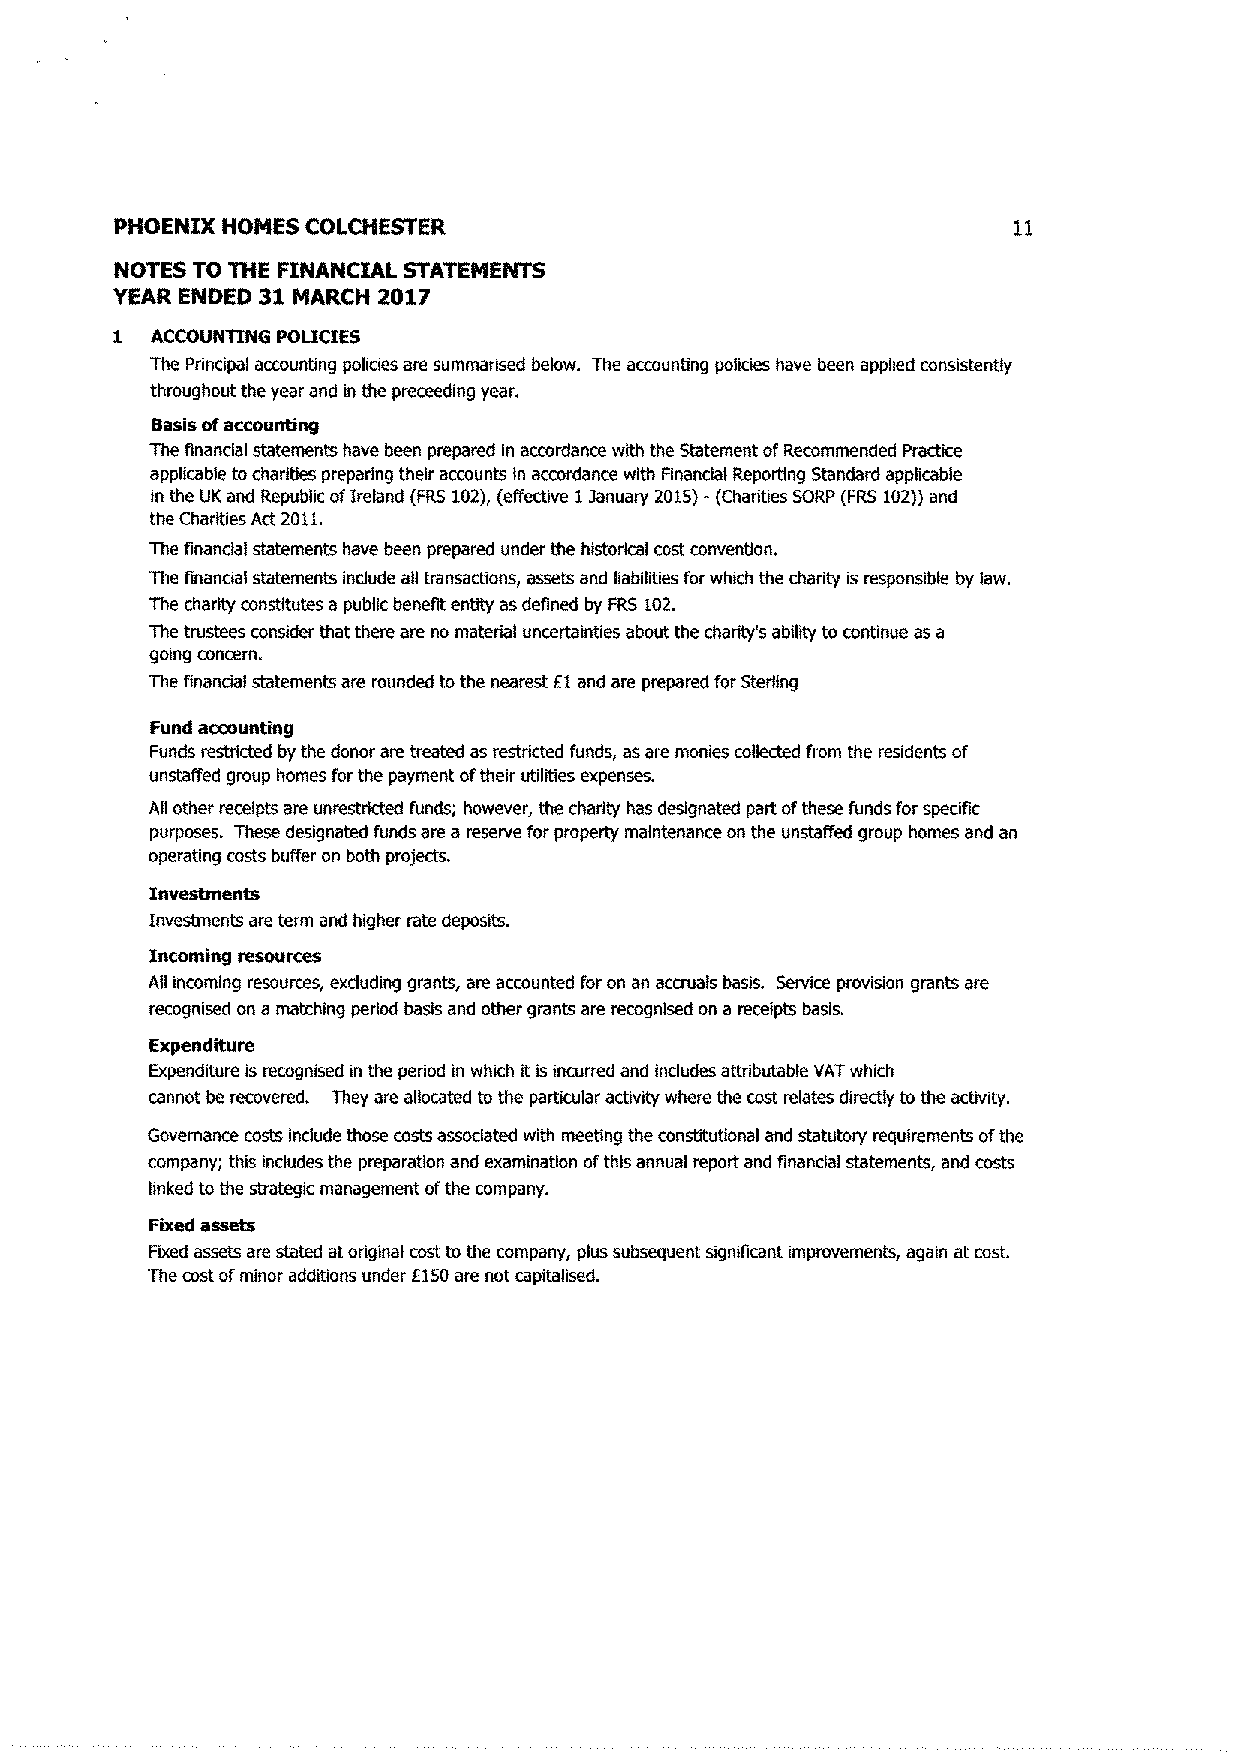
PHOENIX HOMES CQLCHESTER                                    it
 NOTES TO THE FINANCIAL STATEMENTS
 YEAR ENDED 31 MARCH 2017
 1  ACCOUNTING POLICIES
 The Principal accounting policies are summarised bebw. The accounting policies have been applied consistently
 throughout the year and in the preceeding year.
 Basis of accounting
 The financial statements have been prepared in acwrdance with the Statement of Recommended Practice
 applicable to charities preparing their accounts in accordance with Financial Reporting Standard applicable
 in the UK and Republic of Ireland (FRS 102), (effeBive 1 January 2015)- {Charities SORP (FRS 102}) and
 the Charfties Ad 2011.
 The financial statements have been prepared under the historical cost convention.
 The financial statements include ail transactions, assets and liabilities for which the charity is responsible by law.
 The charity constitutes a public benefR entity as defined by FRS 102.
 The trustees consider that there are no material uncertainties about the charitys ability to continue as a
 going concern.
 The financial statements are rounded to the nearest £1 and are prepared for Sterling
 Fund accounting
 Funds restricted by the donor are treated as restricted funds, as are monies collected from the residents of
 unstaffed group homes for the payment of their utilities expenses.
 All other receipks are unrestricted funds; however, the charity has designated part of these fonds for specific
 purposes. These designated funds are a reserve for property maintenance on the unstaffed group homes and an
 operating costs buffer on both projects.
 Investments
 Investments are term and higher 2te deposits.
 Incoming resources
 All incoming resources, excluding grants, are accounted for on an accruals basis. Service provision grants are
 recognised on a matching period basis and other grants are recognised on a receipts basis.
 Expenditure
 6cpenditure is recognised in the period in which it is incurred and includes attributable VAT which
 cannot be recovered. They are allocated to the particular activity where the cost relates directly to the activity,
 Governance costs include khose costs associated with meetlng the constftutional and statutory requirements of the
 company; this includes the preparation and examination of this annual report and financial statements, and costs
 linked to the strategic management of the company,
 Fixed assets
 Fixed assets are stated at original cost to the company, plus subsequent significant improvements, again at cost
 The cost of minor additions under £SSO are not capiWiised.